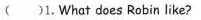
( )1. What does Robin like?